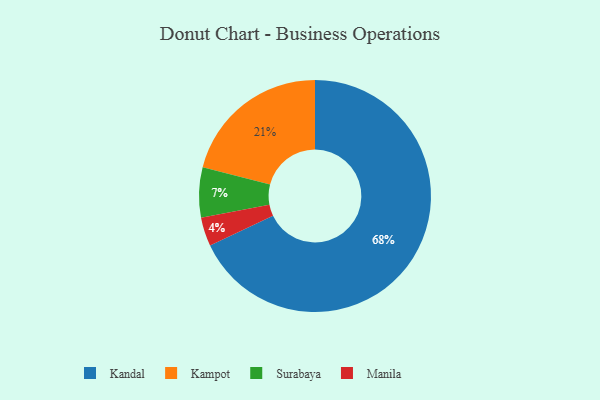
{"axis": {"x": "Category", "y": "Percentage"}, "legend": ["Kampot", "Kandal", "Manila", "Surabaya"], "data": [{"x": "Kampot", "y": 21, "type": "Kampot"}, {"x": "Manila", "y": 4, "type": "Manila"}, {"x": "Surabaya", "y": 7, "type": "Surabaya"}, {"x": "Kandal", "y": 68, "type": "Kandal"}]}